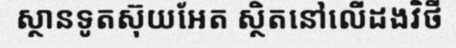
ស្ថានទូតស៊ុយអែត ស្ថិតនៅលើដងវិថី